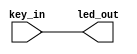
module LED (
    input  wire key_in,  //
    output wire led_out  //led
);
    //\* Main Code \//
    //led_out:ledkey_in
    assign led_out = key_in;
endmodule